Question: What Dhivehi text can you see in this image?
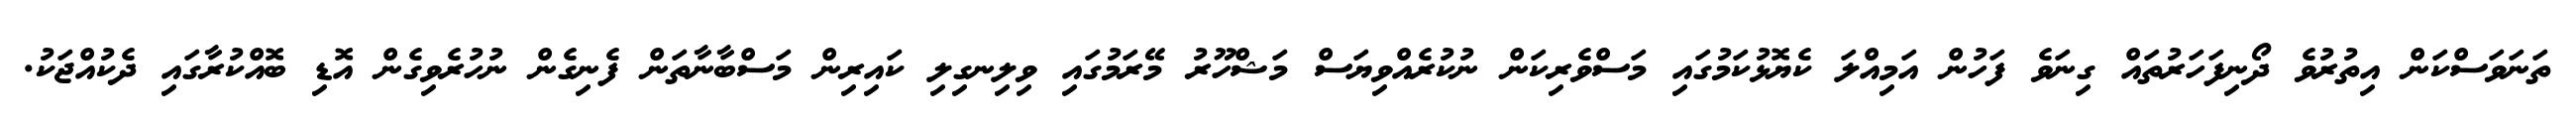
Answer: ތަނަވަސްކަން އިތުރުވެ ދޯނިފަހަރުތައް ގިނަވެ ފަހުން އަމިއްލަ ކެޔޮޅުކަމުގައި މަސްވެރިކަން ނުކުރެއްވިޔަސް މަޝްހޫރު މޭރަމުގައި ވިލިނގިލި ކައިރިން މަސްބާނާތަން ފެނިގެން ނުހުރެވިގެން އޮޑި ބޮއްކުރާގައި ދެކުއްޖަކު.